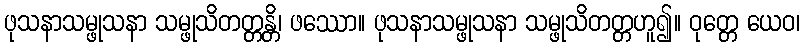
ဖုသနာသမ္ဖုသနာ သမ္ဖုသိတတ္တန္တိ၊ ဖဿော။ ဖုသနာသမ္ဖုသနာ သမ္ဖုသိတတ္တဟူ၍။ ဝုတ္တေ ယေဝ၊